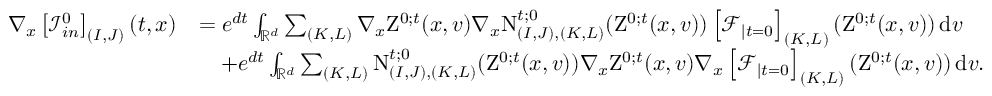
\begin{array} { r l } { \nabla _ { x } \left[ \mathcal { I } _ { i n } ^ { 0 } \right] _ { ( I , J ) } ( t , x ) } & { = e ^ { d t } \int _ { \mathbb R ^ { d } } \sum _ { ( K , L ) } \nabla _ { x } \mathrm { Z } ^ { 0 ; t } ( x , v ) \nabla _ { x } \mathrm { N } _ { ( I , J ) , ( K , L ) } ^ { t ; 0 } ( \mathrm { Z } ^ { 0 ; t } ( x , v ) ) \left[ \mathcal { F } _ { \mid t = 0 } \right] _ { ( K , L ) } ( \mathrm { Z } ^ { 0 ; t } ( x , v ) ) \, \mathrm { d } v } \\ & { \quad + e ^ { d t } \int _ { \mathbb R ^ { d } } \sum _ { ( K , L ) } \mathrm { N } _ { ( I , J ) , ( K , L ) } ^ { t ; 0 } ( \mathrm { Z } ^ { 0 ; t } ( x , v ) ) \nabla _ { x } \mathrm { Z } ^ { 0 ; t } ( x , v ) \nabla _ { x } \left[ \mathcal { F } _ { \mid t = 0 } \right] _ { ( K , L ) } ( \mathrm { Z } ^ { 0 ; t } ( x , v ) ) \, \mathrm { d } v . } \end{array}